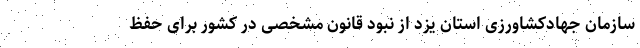
سازمان جهادکشاورزی استان یزد از نبود قانون مشخصی در کشور برای حفظ